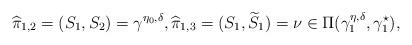
LaTeX: \begin{align*}\widehat{\pi}_{1,2} = (S_1, S_2) = \gamma^{\eta_0, \delta}, \widehat{\pi}_{1,3} = ( S_1, \widetilde{S}_1 ) =\nu \in \Pi (\gamma_1^{\eta, \delta}, \gamma_1^{\star}) ,\end{align*}